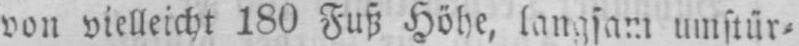
von vielleicht 180 Fuß Höhe, langsam umstür⸗